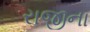
રાજીના